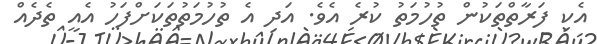
އެކި ފަރާތްތަކުން ތުހުމަތު ކުރެ އެވެ. އަދި އެެ ތުހުމަތުތަކަށްފަހު އެއީ ތެދެއް